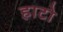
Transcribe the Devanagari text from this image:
हाटो